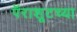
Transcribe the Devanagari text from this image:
पॅराशूटच्या